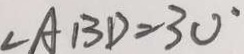
\angle A B D = 3 0 ^ { \circ }